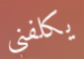
يكلفني